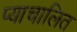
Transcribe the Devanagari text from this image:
प्याचालित